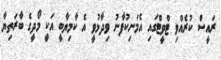
ރައީސް ކުރެއްވި ޓްވީޓްގައި އެމަނިކުފާނު ވިދާޅުވީ އެ ކާމިޔާބީ އަކީ މޯދީގެ ބާރަތިޔާ